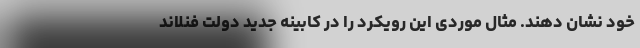
خود نشان دهند. مثال موردی این رویکرد را در کابینه جدید دولت فنلاند